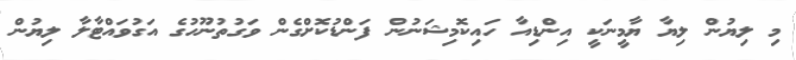
މި ލިޔުން ލިޔާ ޔާމީނަކީ އިންޑިއާ ހައިކޮމިޝަނުން ފަންޑުކޮށްގެން ވަގުތުނޫހުގެ އަގުވައްޓާލާ ލިޔުން